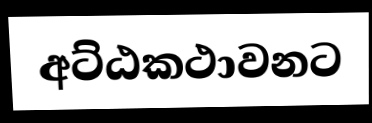
අට්ඨකථාවනට